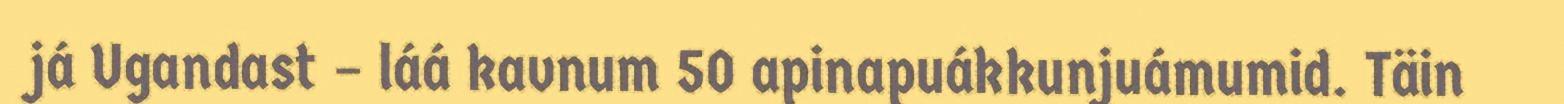
já Ugandast – láá kavnum 50 apinapuákkunjuámumid. Täin